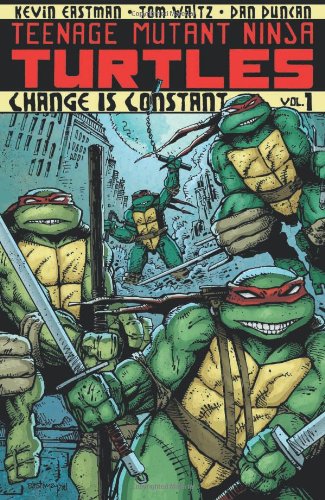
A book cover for Teenage Mutant Ninja Turtles Volume 1: Change is Constant; Kevin Eastman; Children's Books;